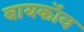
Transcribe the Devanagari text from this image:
बायकॉव